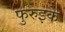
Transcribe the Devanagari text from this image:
फुरुइके